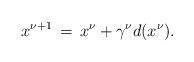
LaTeX: \begin{align*}x^{\nu+1} \,=\, x^\nu + \gamma^\nu d(x^\nu).\end{align*}